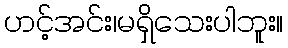
ဟင့်အင်း၊မရှိသေးပါဘူး။